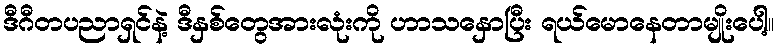
ဒီဂီတပညာရှင်နဲ့ ဒီနှစ်တွေအားလုံးကို ဟာသနှောပြီး ရယ်မောနေတာမျိုးပေါ့။